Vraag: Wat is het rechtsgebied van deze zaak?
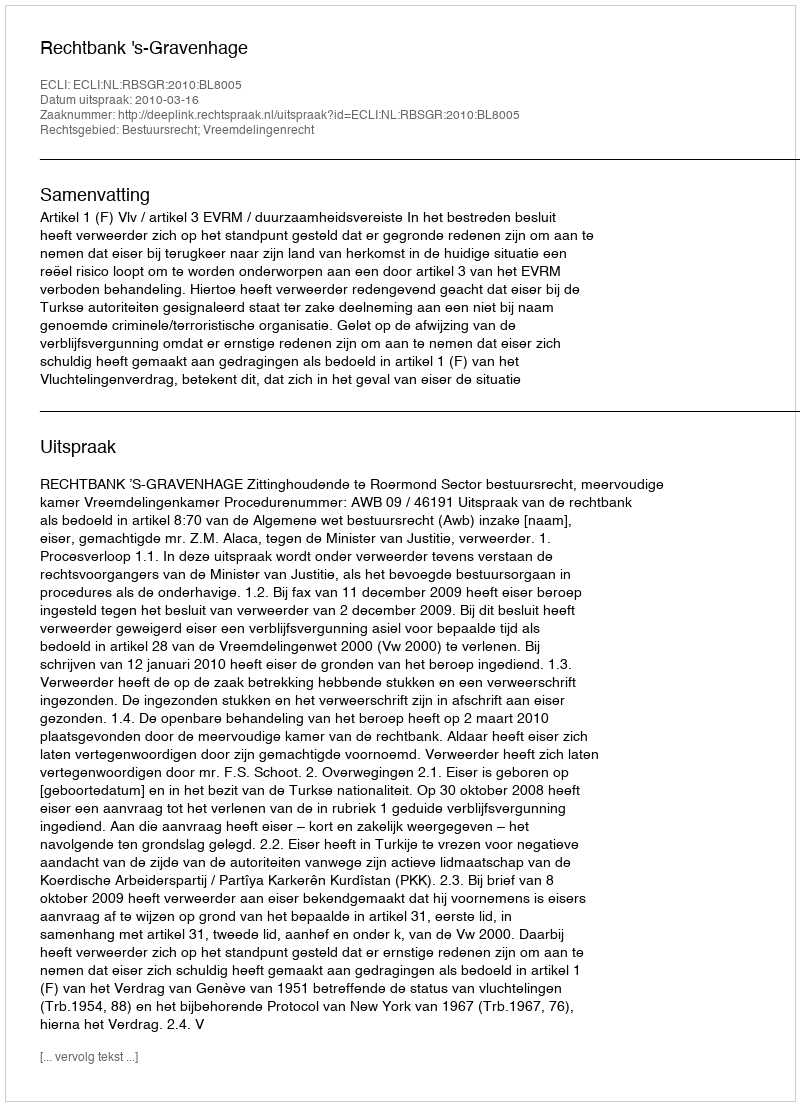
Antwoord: Bestuursrecht; Vreemdelingenrecht